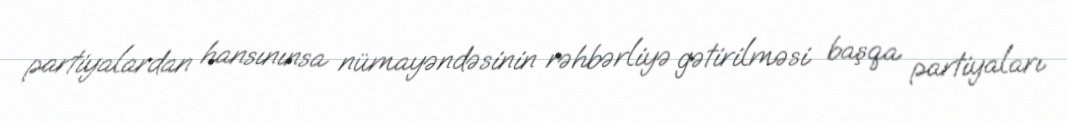
partiyalardan hansınınsa nümayəndəsinin rəhbərliyə gətirilməsi başqa partiyaları